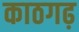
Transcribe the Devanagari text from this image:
काठगढ़